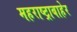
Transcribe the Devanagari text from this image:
महराष्ट्राबाहेर